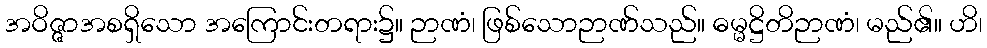
အဝိဇ္ဇာအစရှိသော အကြောင်းတရား၌။ ဉာဏံ၊ ဖြစ်သောဉာဏ်သည်။ ဓမ္မဋ္ဌိတိဉာဏံ၊ မည်၏။ ဟိ၊